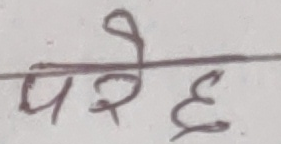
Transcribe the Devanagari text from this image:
परेह